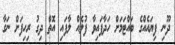
ދޫނި ފިޔައެއްގެ ބައްޓަމަށް ހަދާފައިވާ ފުލެއް ލާފައި އޮތް ދިގު ރިހިފަށް ނަގާ